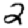
Digit: 2